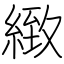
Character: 緻